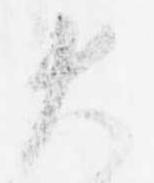
大